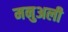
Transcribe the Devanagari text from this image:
मनुअली